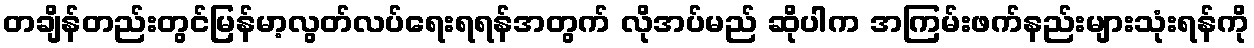
တချိန်တည်းတွင်မြန်မာ့လွတ်လပ်ရေးရရန်အတွက် လိုအပ်မည် ဆိုပါက အကြမ်းဖက်နည်းများသုံးရန်ကို